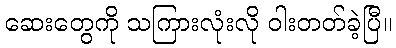
ဆေးတွေကို သကြားလုံးလို ဝါးတတ်ခဲ့ပြီ။